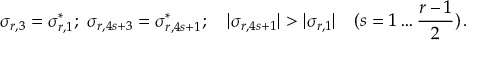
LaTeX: \sigma _ { r , 3 } = \sigma _ { r , 1 } ^ { * } ; \, \, \sigma _ { r , 4 s + 3 } = \sigma _ { r , 4 s + 1 } ^ { * } ; \quad | \sigma _ { r , 4 s + 1 } | > | \sigma _ { r , 1 } | \quad ( s = 1 \ldots \frac { r - 1 } { 2 } ) \, .